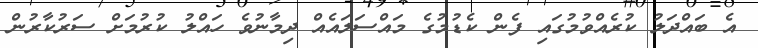
އެ ބައްދަލު ކުރެއްވުމުގައި ފެން ކެޑުމުގެ މައްސަލައެއް ދިމާނުވެ ހައްލު ކުރުމަށް ސަރުކާރުން